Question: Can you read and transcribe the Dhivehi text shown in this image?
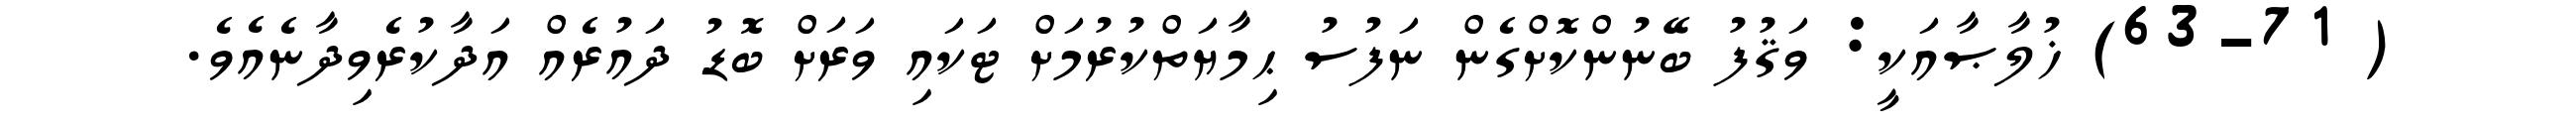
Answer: ( 63-71) ޚުލާޞާއަކީ: ވަޤުފު ބޭނުންކޮށްގެން ނަފުސު ޙިމާޔަތްކުރުމަށް ޓަކައި ވަރަށް ބޮޑު ދައުރެއް އަދާކުރެވިދާނެއެވެ.